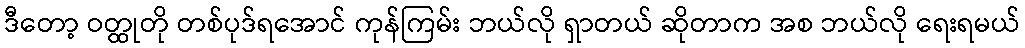
ဒီတော့ ဝတ္ထုတို တစ်ပုဒ်ရအောင် ကုန်ကြမ်း ဘယ်လို ရှာတယ် ဆိုတာက အစ ဘယ်လို ရေးရမယ်